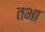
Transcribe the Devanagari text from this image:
तभा